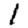
Digit: 1